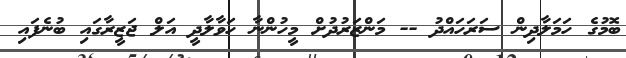
ބޮމުގެ ހަމަލާދިން ސަރަހައްދު -- މަންޒަރުދުށް މީހުންނާ ހަވާލާދީ އަލް ޖަޒީރާގައި ބުނެފައި